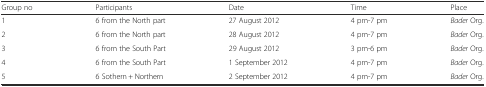
| Group no | Participants | Date | Time | Place |
 | --- | --- | --- | --- | --- |
 | 1 | 6 from the North part | 27 August 2012 | 4 pm-7 pm | Bader Org. |
 | 2 | 6 from the North part | 28 August 2012 | 4 pm-7 pm | Bader Org. |
 | 3 | 6 from the South Part | 29 August 2012 | 3 pm-6 pm | Bader Org. |
 | 4 | 6 from the South Part | 1 September 2012 | 4 pm-7 pm | Bader Org. |
 | 5 | 6 Sothern + Northern | 2 September 2012 | 4 pm-7 pm | Bader Org. |